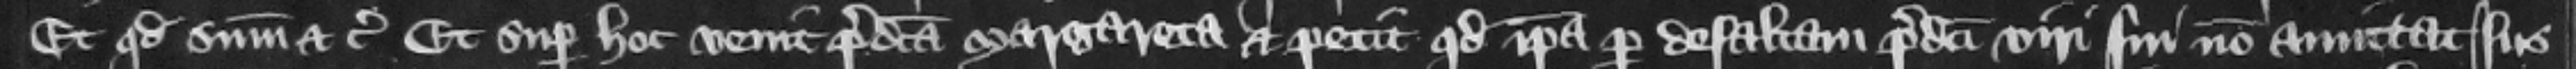
Et quod summonuit etc. Et super hoc venit predicta Margareta et petit quod ipsa per defaltam predicti viri sui non amittat ius